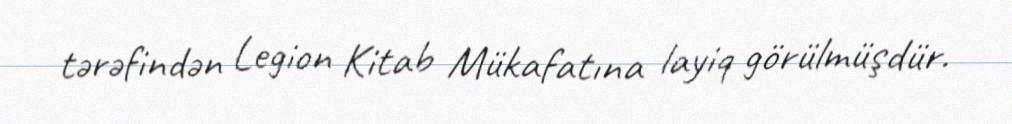
tərəfindən Legion Kitab Mükafatına layiq görülmüşdür.